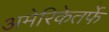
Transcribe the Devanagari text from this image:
अमेरिकेतर्फे